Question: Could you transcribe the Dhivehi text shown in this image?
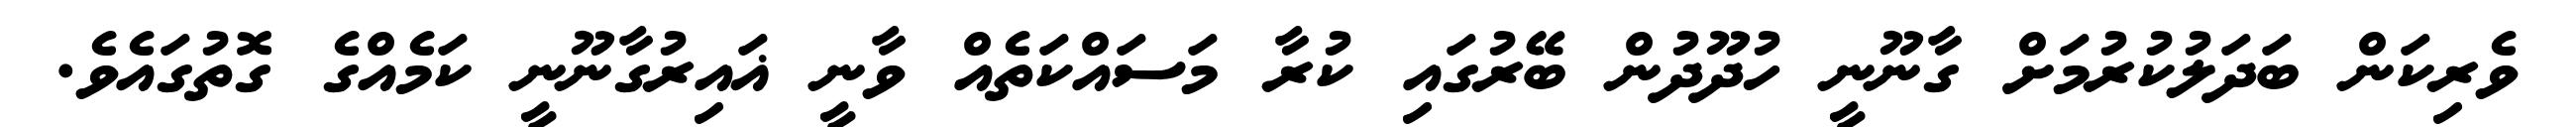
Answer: ވެރިކަން ބަދަލުކުރުމަށް ގާނޫނީ ހުދޫދުން ބޭރުގައި ކުރާ މަސައްކަތެއް ވާނީ ޣައިރުގާނޫނީ ކަމެއްގެ ގޮތުގައެވެ.